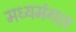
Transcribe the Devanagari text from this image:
मध्यमंगल